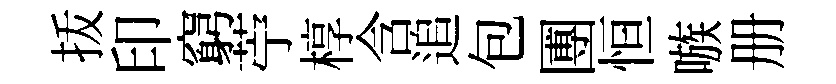
㧞印窮苧椁含追包圑恒嗾册